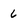
Character: 6